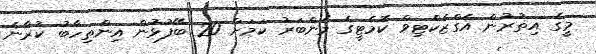
މީގެ އިތުރުން އެގްޒެކްޓިވް ކޮމެޓީގެ މެންބަރު ކަމަށް 20 ބޭފުޅުން އިންތިހާބު ކުރާނެ